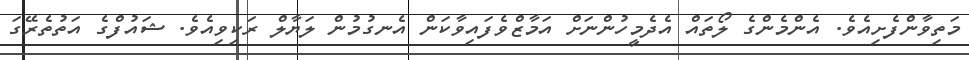
މަތިވާންފެށިއެވެ. އެންމެންގެ ލޯތައް އެދެމީހުންނަށް އަމާޒްވެފައިވާކަން އެނގުމުން ލަޔާލް ރަކިވިއެވެ. ޝައުފްގެ އަތުތެރޭގަ